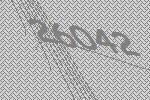
26042